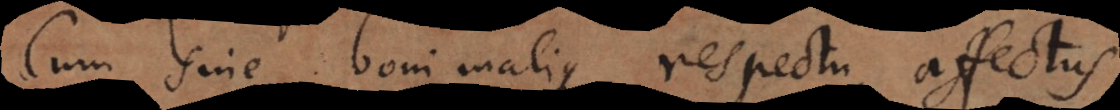
Cum sine boni malique respectu, affectus